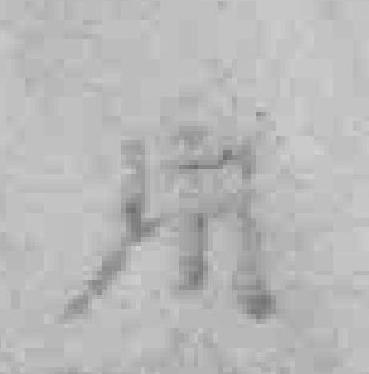
用